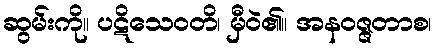
ဆွမ်းကို။ ပဋိသေဝတိ၊ မှီဝဲ၏။ အနဝဇ္ဇတာစ၊